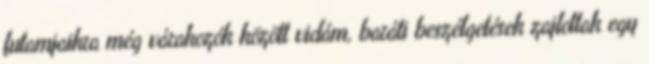
futamjaikra még várakozók között vidám, baráti beszélgetések zajlottak egy